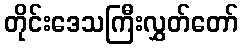
တိုင်းဒေသကြီးလွှတ်တော်